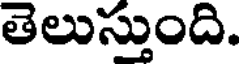
తెలుస్తుంది.